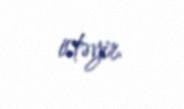
istəyir.